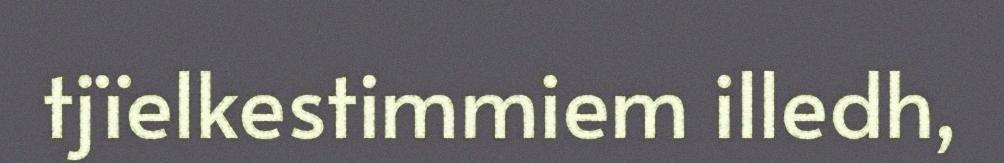
tjïelkestimmiem illedh,